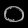
Digit: ၀